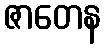
ဇာတေန